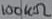
Text: 100KΩ